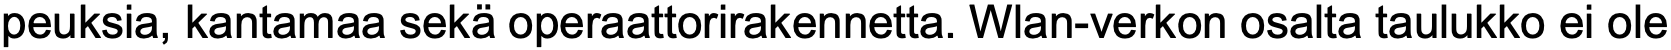
peuksia, kantamaa sekä operaattorirakennetta. Wlan-verkon osalta taulukko ei ole